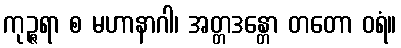
ကုဉ္ဇရာ စ မဟာနာဂါ၊ အတ္တဒန္တော တတော ဝရံ။